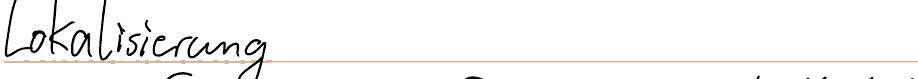
Lokalisierung